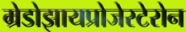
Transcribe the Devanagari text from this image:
म्रेडोझायप्रोजेस्टेरोन